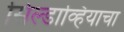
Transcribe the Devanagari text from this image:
सिल्डाव्हियाचा